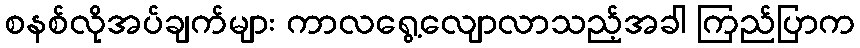
စနစ်လိုအပ်ချက်များ ကာလရွေ့လျောလာသည့်အခါ ကြည်ပြာက